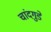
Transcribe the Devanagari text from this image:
चांदगुडे